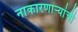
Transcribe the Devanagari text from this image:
नाकारणाऱ्यांची